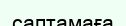
саптамаға